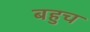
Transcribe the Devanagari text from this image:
बहुच